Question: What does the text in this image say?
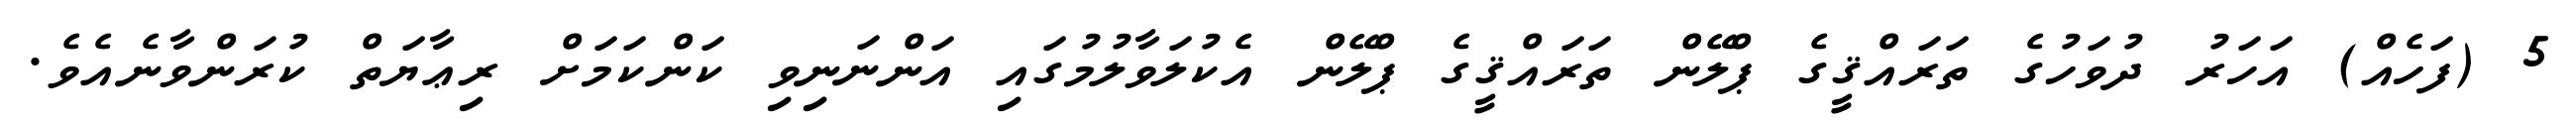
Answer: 5 (ފަހެއް) އަހަރު ދުވަހުގެ ތަރައްޤީގެ ޕްލޭން ތަރައްޤީގެ ޕްލޭން އެކުލަވާލުމުގައި އަންނަނިވި ކަންކަމަށް ރިޢާޔަތް ކުރަންވާނެއެވެ.